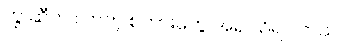
တွ ဆီက လာတဲ့ စကားတွေ အရ သိရပါတယ်။